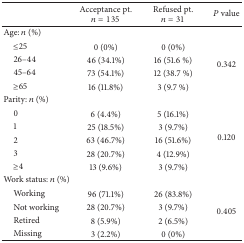
<table><thead><tr><td><b> </b></td><td><b>Acceptance pt. <i>n</i> = 135</b></td><td><b>Refused pt. <i>n</i> = 31</b></td><td><b><i>P</i> value</b></td></tr></thead><tbody><tr><td>Age: <i>n</i> (%)</td><td> </td><td> </td><td> </td></tr><tr><td> ≤25</td><td>0 (0%)</td><td>0 (0%)</td><td rowspan="4">0.342</td></tr><tr><td> 26–44</td><td>46 (34.1%)</td><td>16 (51.6 %)</td></tr><tr><td> 45–64</td><td>73 (54.1%)</td><td>12 (38.7 %)</td></tr><tr><td> ≥65</td><td>16 (11.8%)</td><td>3 (9.7 %)</td></tr><tr><td>Parity: <i>n</i> (%)</td><td> </td><td> </td><td> </td></tr><tr><td> 0</td><td>6 (4.4%)</td><td>5 (16.1%)</td><td rowspan="5">0.120</td></tr><tr><td> 1</td><td>25 (18.5%)</td><td>3 (9.7%)</td></tr><tr><td> 2</td><td>63 (46.7%)</td><td>16 (51.6%)</td></tr><tr><td> 3</td><td>28 (20.7%)</td><td>4 (12.9%)</td></tr><tr><td> ≥4</td><td>13 (9.6%)</td><td>3 (9.7%)</td></tr><tr><td>Work status: <i>n</i> (%)</td><td> </td><td> </td><td> </td></tr><tr><td> Working </td><td>96 (71.1%)</td><td>26 (83.8%)</td><td rowspan="4">0.405</td></tr><tr><td> Not working</td><td>28 (20.7%)</td><td>3 (9.7%)</td></tr><tr><td> Retired</td><td>8 (5.9%)</td><td>2 (6.5%)</td></tr><tr><td> Missing </td><td>3 (2.2%)</td><td>0 (0%)</td></tr></tbody></table>